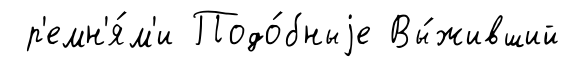
р'емн'я́м'и Подо́бныjе Вы́живший